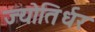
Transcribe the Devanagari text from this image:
ज्योतिर्धर